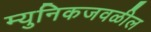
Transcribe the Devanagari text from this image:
म्युनिकजवळील